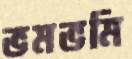
ভমভমি